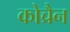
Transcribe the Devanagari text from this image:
कोच्रैन